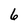
Character: 6